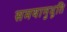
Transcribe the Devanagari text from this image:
समयानुभूति